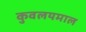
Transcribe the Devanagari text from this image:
कुवलयमाल